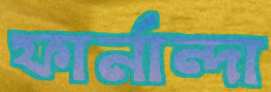
ফার্নান্দা